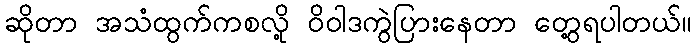
ဆိုတာ အသံထွက်ကစလို့ ဝိဝါဒကွဲပြားနေတာ တွေ့ရပါတယ်။